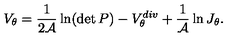
V _ { \theta } = { \frac { 1 } { 2 { \cal A } } } \ln ( \det P ) - V _ { \theta } ^ { d i v } + { \frac { 1 } { \cal A } } \ln J _ { \theta } .